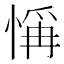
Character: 𢜻